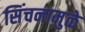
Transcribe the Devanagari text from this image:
सिंचनामुळे